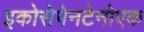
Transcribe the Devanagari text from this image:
इकोसेपेनटेनोएक